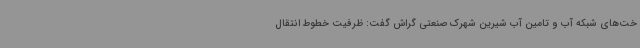
خت‌های شبکه آب و تامین آب شیرین شهرک صنعتی گراش گفت: ظرفیت خطوط انتقال